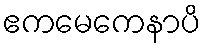
ဧကမေကေနာပိ